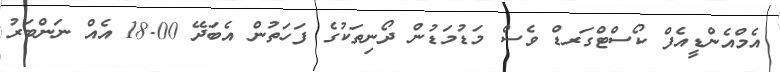
އެމްއެންޑީއެފް ކޯސްޓްގަރޑް ވެސް މަޑުމަޑުން ދޯނިތަކުގެ ފަހަތުން އެބަދޭ 18.00 އެއް ނަންބަރު